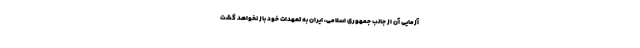
آزمایی آن از جانب جمهوری اسلامی، ایران به تعهدات خود باز نخواهد گشت